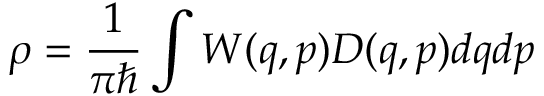
\rho = \frac { 1 } { \pi \hbar } \int W ( q , p ) D ( q , p ) d q d p